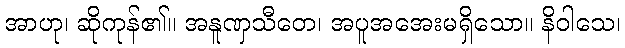
အာဟု၊ ဆိုကုန်၏။ အနူဏှသီတေ၊ အပူအအေးမရှိသော။ နိဝါသေ၊